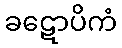
ခဋောပိကံ